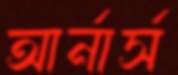
আর্নার্স